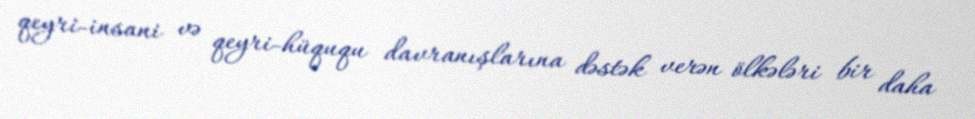
qeyri-insani və qeyri-hüququ davranışlarına dəstək verən ölkələri bir daha